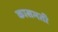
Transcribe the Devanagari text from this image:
कासमती